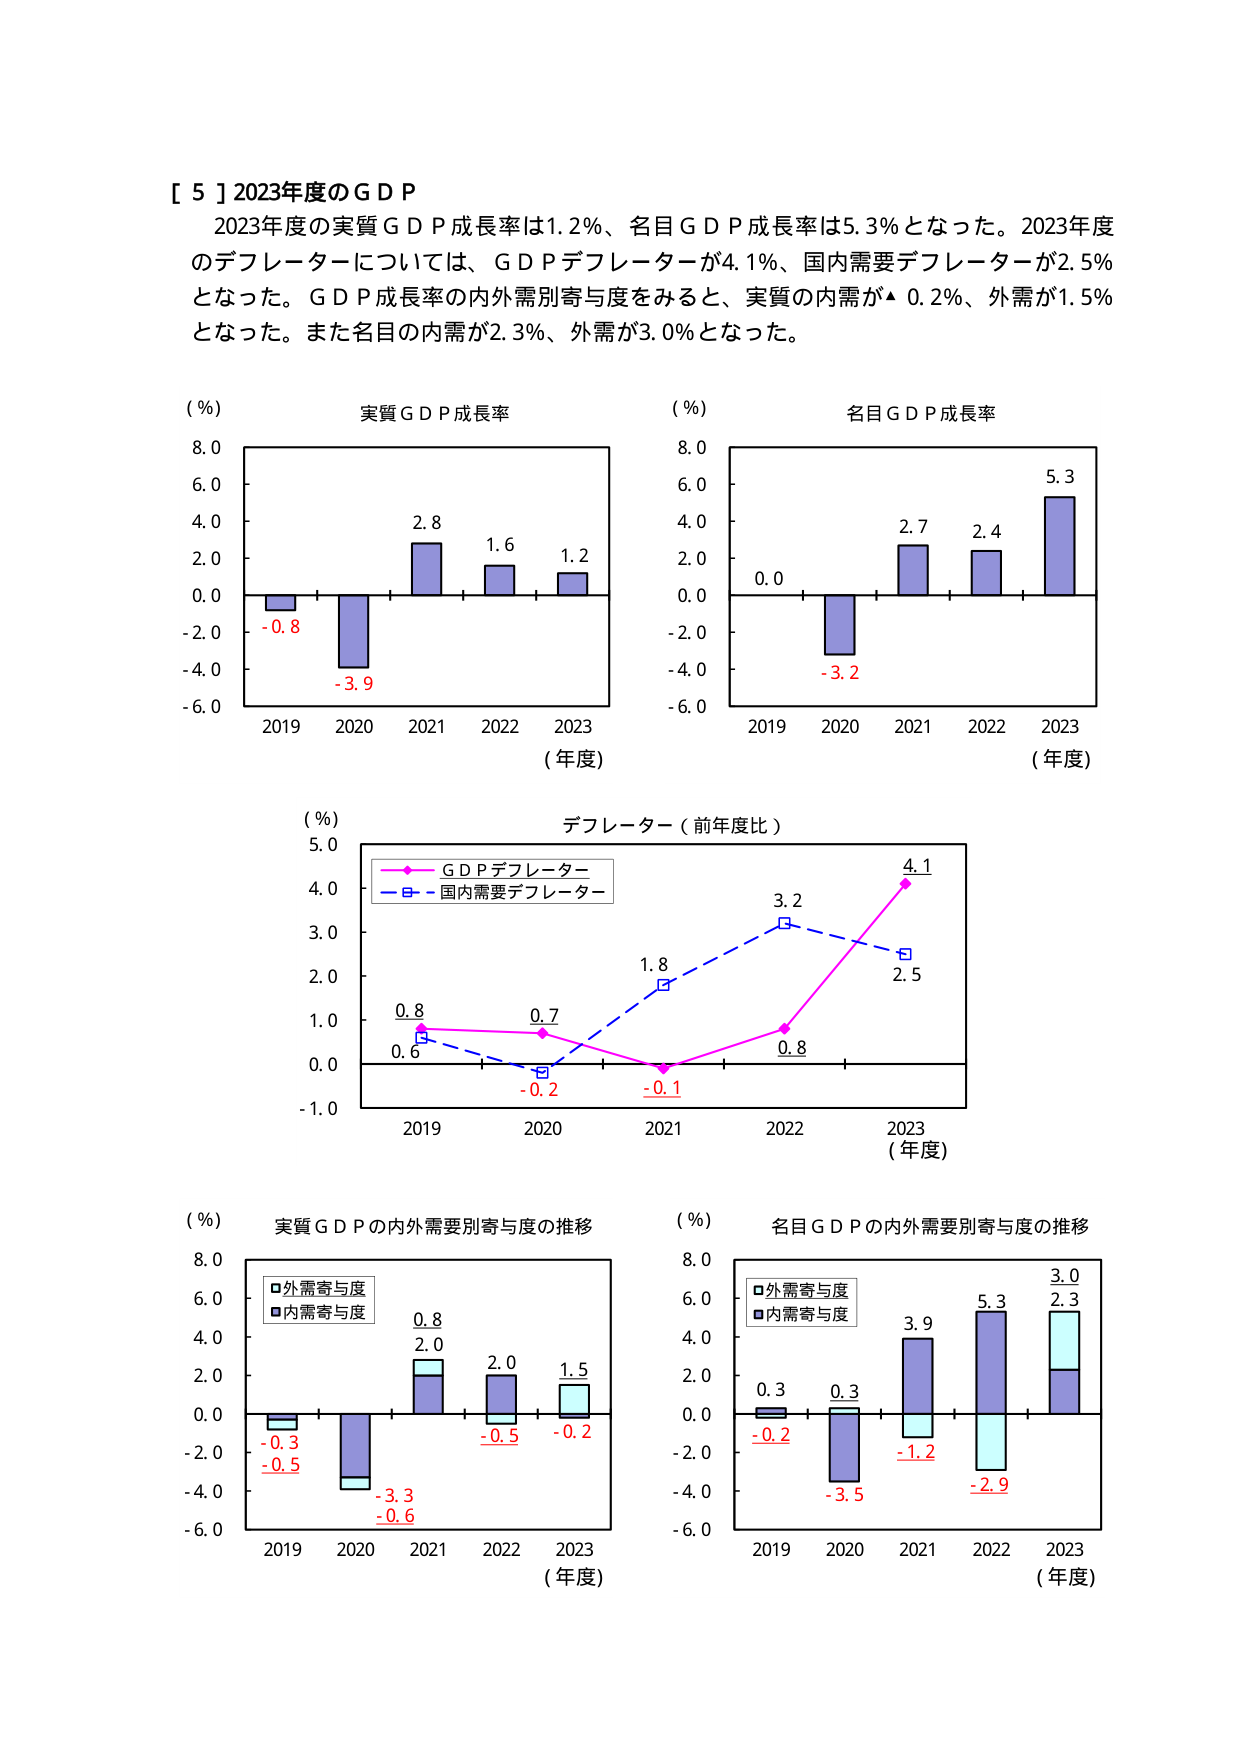
[ 5 ] 2023年度のＧＤＰ
2023年度の実質ＧＤＰ成長率は1.2％、名目ＧＤＰ成長率は5.3％となった。2023年度のデフレーターについては、ＧＤＰデフレーターが4.1％、国内需要デフレーターが2.5％となった。ＧＤＰ成長率の内外需別寄与度をみると、実質の内需が▲ 0.2％、外需が1.5％となった。また名目の内需が2.3％、外需が3.0％となった。

(％)
実質ＧＤＰ成長率
8.0
6.0
4.0
2.0
0.0
-2.0
-4.0
-6.0
2019  2020  2021  2022  2023
(年度)
-0.8
-3.9
2.8
1.6
1.2

(％)
名目ＧＤＰ成長率
8.0
6.0
4.0
2.0
0.0
-2.0
-4.0
-6.0
2019  2020  2021  2022  2023
(年度)
0.0
-3.2
2.7
2.4
5.3

(％)
デフレーター（前年度比）
5.0
4.0
3.0
2.0
1.0
0.0
-1.0
2019  2020  2021  2022  2023
(年度)
GDPデフレーター
国内需要デフレーター
0.8
0.7
1.8
3.2
4.1
0.6
-0.2
-0.1
0.8
2.5

(％)
実質ＧＤＰの内外需要別寄与度の推移
8.0
6.0
4.0
2.0
0.0
-2.0
-4.0
-6.0
2019  2020  2021  2022  2023
(年度)
外需寄与度
内需寄与度
-0.3
-0.5
-3.3
-0.6
0.8
2.0
2.0
-0.5
1.5
-0.2

(％)
名目ＧＤＰの内外需要別寄与度の推移
8.0
6.0
4.0
2.0
0.0
-2.0
-4.0
-6.0
2019  2020  2021  2022  2023
(年度)
外需寄与度
内需寄与度
0.3
-0.2
0.3
-3.5
3.9
-1.2
5.3
-2.9
3.0
2.3